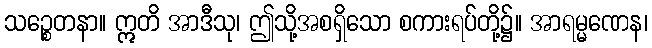
သဉ္စေတနာ။ ဣတိ အာဒီသု၊ ဤသို့အစရှိသော စကားရပ်တို့၌။ အာရမ္မဏေန၊